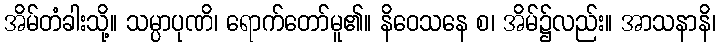
အိမ်တံခါးသို့။ သမ္ပာပုဏိ၊ ရောက်တော်မူ၏။ နိဝေသနေ စ၊ အိမ်၌လည်း။ အာသနာနိ၊